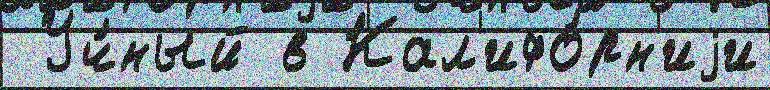
 Уч́ный в Кал'ифо́рн'иjи